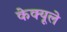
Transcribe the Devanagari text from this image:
केक्यूले